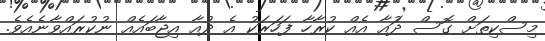
މިސްކިތަށް ގޮސް ދުައާ އެއް ކުރާހާ ފަހަރަކު އެ ދުއާ އިޖާބައެއް ނުކުރައްވާނެއެވެ.